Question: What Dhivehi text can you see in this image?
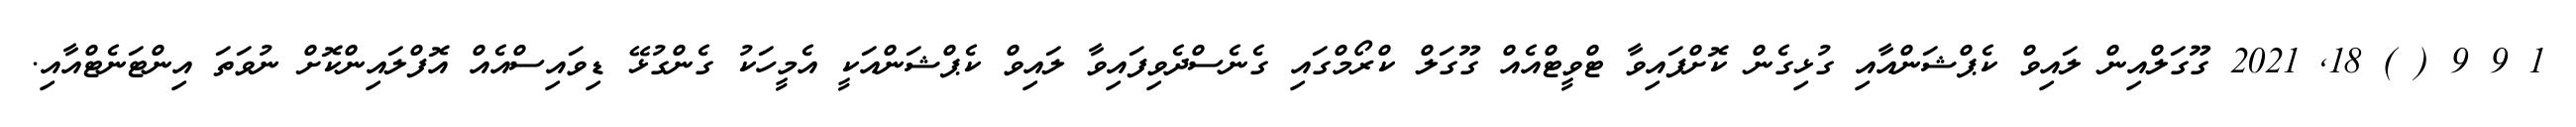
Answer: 1 9 9 ( ) 18, 2021 ގޫގަލްއިން ލައިވް ކެޕްޝަންއާއި ގުޅިގެން ކޮށްފައިވާ ޓްވީޓްއެއް ގޫގަލް ކްރޯމްގައި ގެނެސްދެވިފައިވާ ލައިވް ކެޕްޝަންއަކީ އެމީހަކު ގެންގުޅޭ ޑިވައިސްއެއް އޮފްލައިންކޮށް ނުވަތަ އިންޓަނެޓްއާއި.